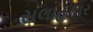
સલાહકાર